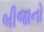
બીજાનો